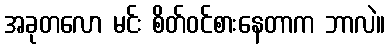
အခုတလော မင်း စိတ်ဝင်စားနေတာက ဘာလဲ။